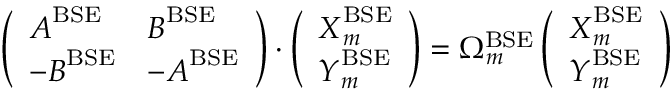
\left( \begin{array} { l l } { \boldsymbol { A } ^ { \mathrm { B S E } } } & { \boldsymbol { B } ^ { \mathrm { B S E } } } \\ { - \boldsymbol { B } ^ { \mathrm { B S E } } } & { - \boldsymbol { A } ^ { \mathrm { B S E } } } \end{array} \right) \cdot \left( \begin{array} { l } { \boldsymbol { X } _ { m } ^ { \mathrm { B S E } } } \\ { \boldsymbol { Y } _ { m } ^ { \mathrm { B S E } } } \end{array} \right) = \Omega _ { m } ^ { \mathrm { B S E } } \left( \begin{array} { l } { \boldsymbol { X } _ { m } ^ { \mathrm { B S E } } } \\ { \boldsymbol { Y } _ { m } ^ { \mathrm { B S E } } } \end{array} \right)